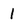
Character: 1